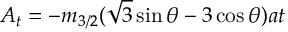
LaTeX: A _ { t } = - m _ { 3 / 2 } ( \sqrt { 3 } \sin \theta - 3 \cos \theta ) \l { a t }